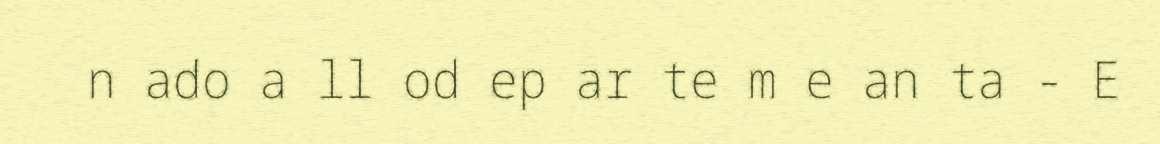
n ado a ll od ep ar te m e an ta - E